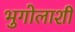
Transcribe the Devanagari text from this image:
भुगोलाशी